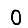
Digit: 0